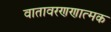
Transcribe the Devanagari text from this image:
वातावरणणात्मक